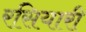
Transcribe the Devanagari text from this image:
रसियारी